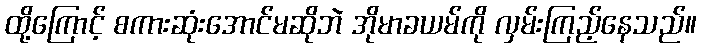
ထို့ကြောင့် စကားဆုံးအောင်မဆိုဘဲ အိုမာခယမ်ကို လှမ်းကြည့်နေသည်။